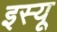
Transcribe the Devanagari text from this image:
इस्यू